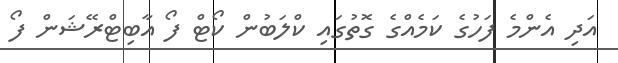
އަދި އެންމެ ފަހުގެ ކަމެއްގެ ގޮތުގައި ކްލަބުން ކޯޓް ފޯ އާބިޓްރޭޝަން ފޯ